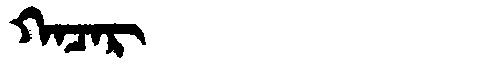
Manchu: ᡴᠠᠴᠠᡵ
Romanization: KACAR